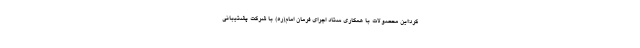
کرد:این محصولات با همکاری ستاد اجرای فرمان امام(ره) با شرکت پشتیبانی